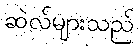
ဆဲလ်များသည်